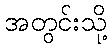
အတွင်းသို့